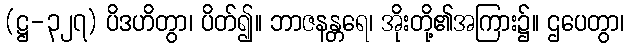
(ဋ္ဌ-၃၂၇) ပိဒဟိတွာ၊ ပိတ်၍။ ဘာဇနန္တရေ၊ အိုးတို့၏အကြား၌။ ဌပေတွာ၊